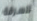
للسرقة